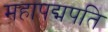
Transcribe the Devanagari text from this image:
महापद्मपति